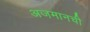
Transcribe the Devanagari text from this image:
अजमानची